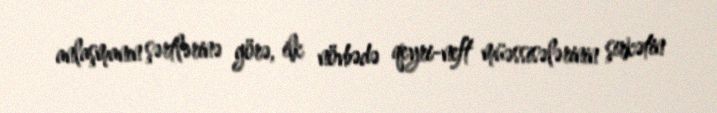
anlaşmanın şərtlərinə görə, ilk növbədə qeyri-neft müəssisələrinin şirkətin